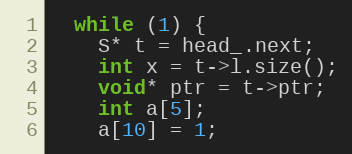
Language: C++
  while (1) {
    S* t = head_.next;
    int x = t->l.size();
    void* ptr = t->ptr;
    int a[5];
    a[10] = 1;